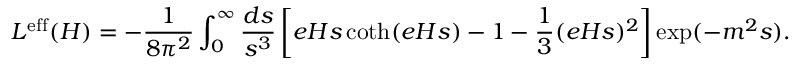
{ \cal L } ^ { \mathrm { e f f } } ( H ) = - \frac { 1 } { 8 \pi ^ { 2 } } \int _ { 0 } ^ { \infty } \frac { d s } { s ^ { 3 } } \left[ e H s \coth ( e H s ) - 1 - \frac 1 3 ( e H s ) ^ { 2 } \right] \exp ( - m ^ { 2 } s ) .